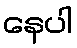
နေပါ